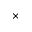
\times